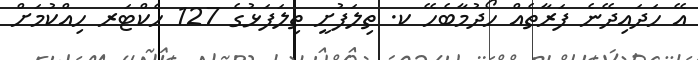
އޭ ހަދައިދޭނެ ފަރާތެއް ހޯދުމާބެހޭ ކ. ތިލަފުށީ ތިލަފަޅުގެ 127 ހެކްޓަރ ހިއްކުމަށް